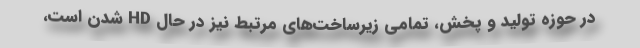
در حوزه تولید و پخش، تمامی زیرساخت‌های مرتبط نیز در حال HD شدن است،